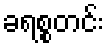
ခရစ္စတင်း